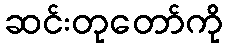
ဆင်းတုတော်ကို